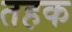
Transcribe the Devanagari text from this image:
तहक